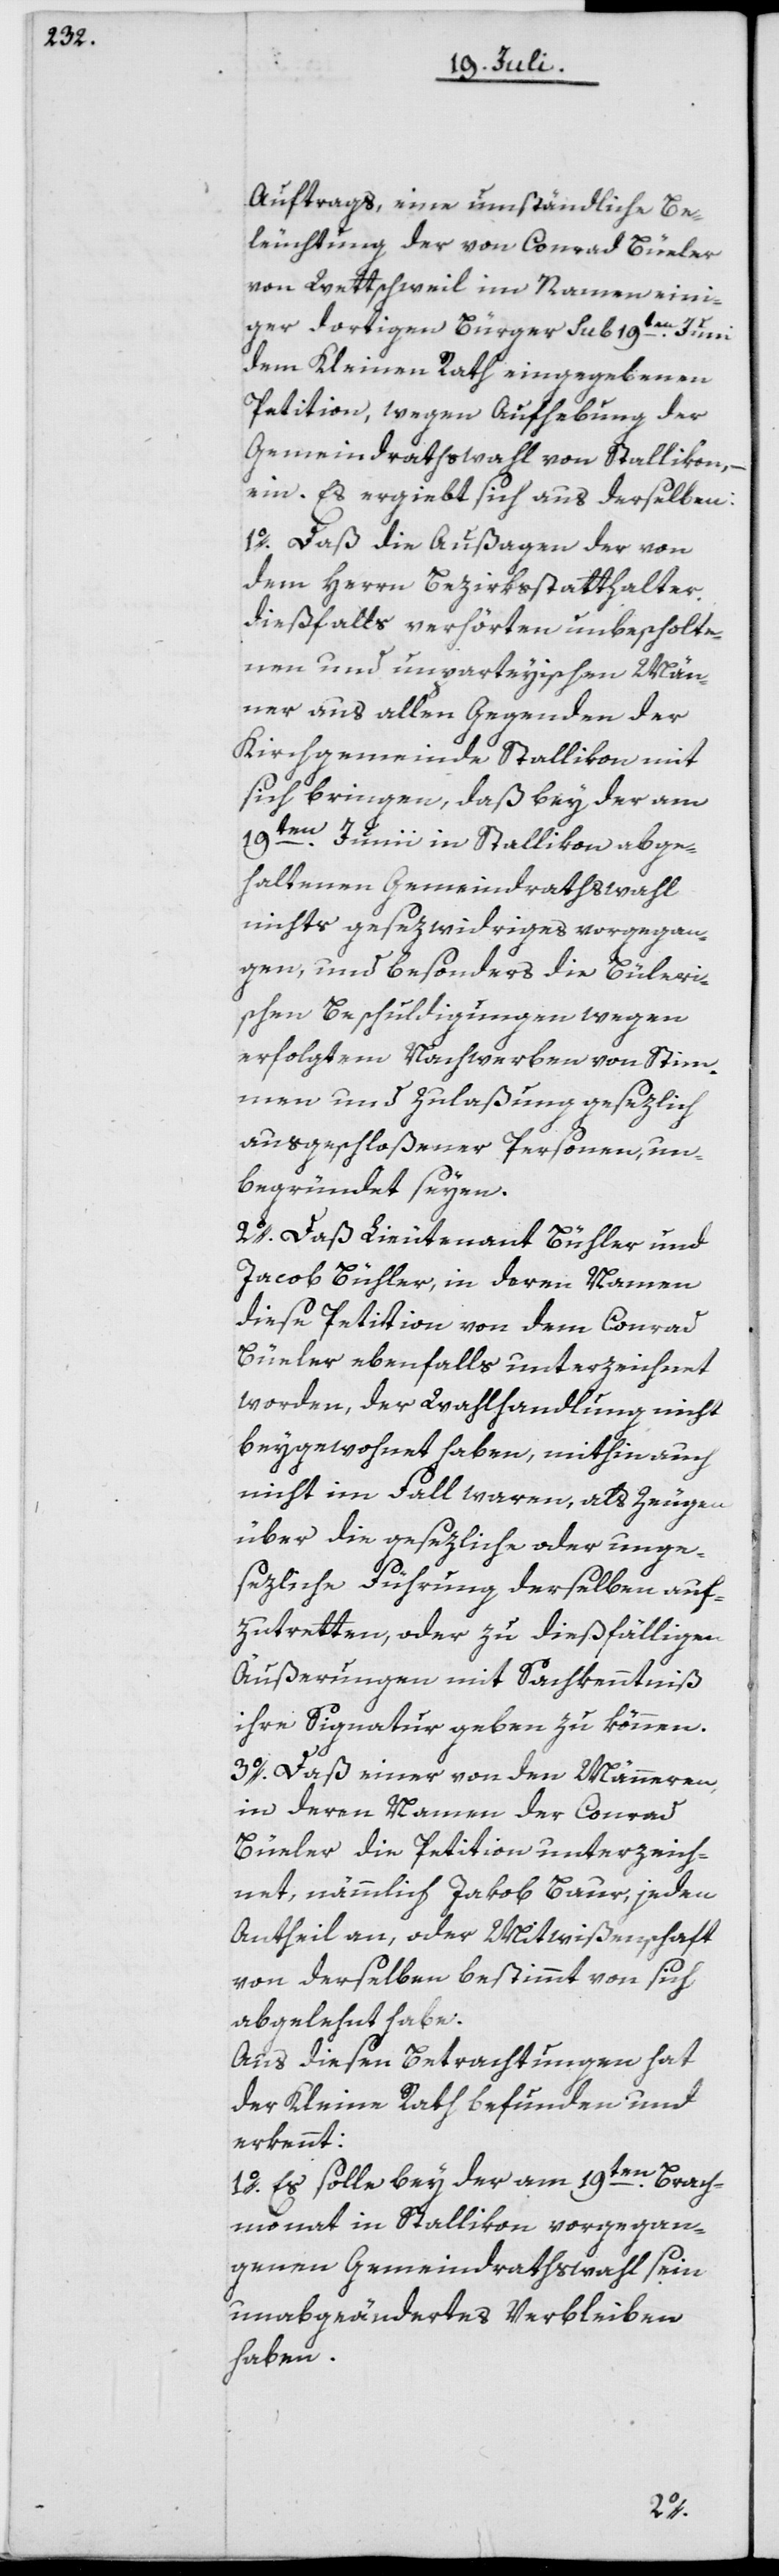
Auftrags, eine umständliche Be¬
leuchtung der von Conrad Büeler
von Wettschweil im Namen eini¬
ger dortigen Bürger sub 19ten Juni
dem Kleinen Rath eingegebenen
Petition, wegen Aufhebung der
Gemeindrathswahl von Stallikon, –
ein. Es ergiebt sich aus derselben:
1o. Daß die Außagen der von
dem Herrn Bezirksstatthalter
dießfalls verhörten unbescholte¬
nen und unparteyischen Män¬
ner aus allen Gegenden der
Kirchgemeinde Stallikon mit
sich bringen, daß bey der am
19ten Junii in Stallikon abge¬
haltenen Gemeindrathswahl
nichts gesezwidriges vorgegan¬
gen, und besonders die büleri¬
schen Beschuldigungen wegen
erfolgtem Nachwerben von Stim¬
men und Zulaßung gesezlich
ausgeschloßener Personen, un¬
begründet seyen.
2o. Daß Lieutenant Bühler und
Jacob Bühler, in deren Namen
diese Petition von dem Conrad
Büeler ebenfalls unterzeichnet
worden, der Wahlhandlung nicht
beygewohnt haben, mithin auch
nicht im Fall waren, als Zeugen
über die gesezliche oder unge¬
sezliche Führung derselben auf¬
zutretten, oder zu dießfälligen
Äußerungen mit Sachkenntniß
ihre Signatur geben zu können.
3o. Daß einer von den Männeren,
in deren Namen der Conrad
Büeler die Petition unterzeich¬
net, nämmlich Jakob Baur, jeden
Antheil an, oder Mitwißenschaft
von derselben bestimmt von sich
abgelehnt habe.
Aus diesen Betrachtungen hat
der Kleine Rath befunden und
erkennt:
1o. Es solle bey der am 19ten Brach¬
monat in Stallikon vorgegan¬
genen Gemeindrathswahl sein
unabgeändertes Verbleiben
haben.